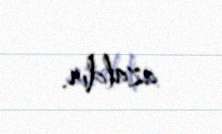
azaldır.